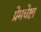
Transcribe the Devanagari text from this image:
प्रेमचेष्टा